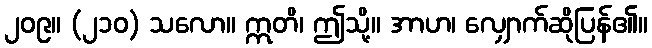
၂၀၉။ (၂၁၀) သလော။ ဣတိ၊ ဤသို့။ အာဟ၊ လျှောက်ဆိုပြန်၏။